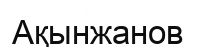
Ақынжанов